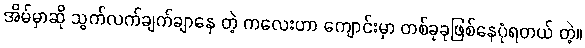
အိမ်မှာဆို သွက်လက်ချက်ချာနေ တဲ့ ကလေးဟာ ကျောင်းမှာ တစ်ခုခုဖြစ်နေပုံရတယ် တဲ့။